Annual report of the Punjab Veterinary College and of the Civil Veterinary Department, Punjab - 1909-1919
Year: 1909
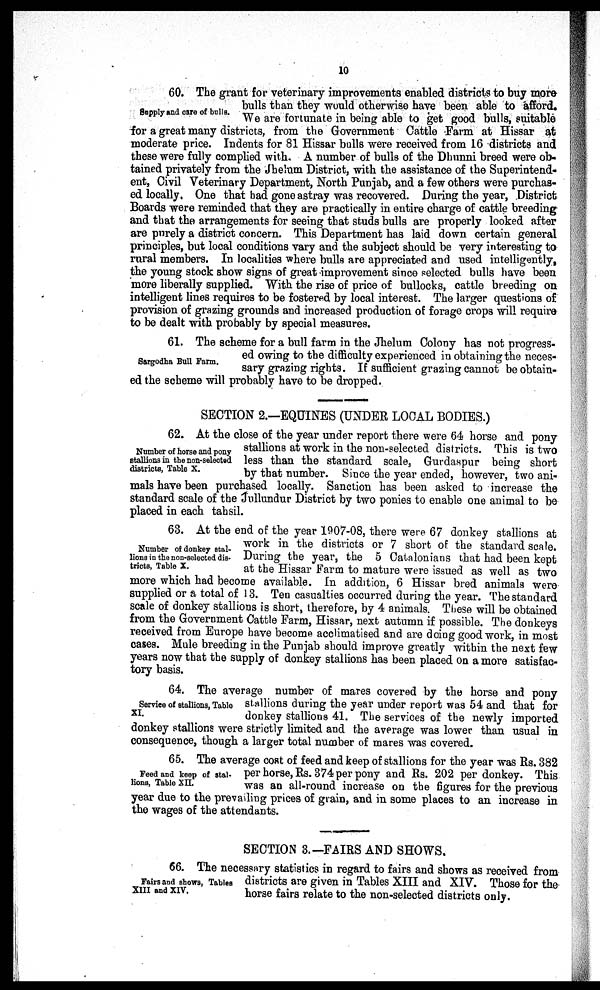
10
Supply and care of bulls.
60. The grant for veterinary improvements enabled districts to buy more
bulls than they would otherwise have been able to afford.
We are fortunate in being able to get good bulls, suitable
for a great many districts, from the Government Cattle Farm at Hissar at
moderate price. Indents for 81 Hissar bulls were received from 16 districts and
these were fully complied with. A number of bulls of the Dhunni breed were ob-
tained privately from the Jhelum District, with the assistance of the Superintend-
ent, Civil Veterinary Department, North Punjab, and a few others were purchas-
ed locally. One that had gone astray was recovered. During the year, District
Boards were reminded that they are practically in entire charge of cattle breeding
and that the arrangements for seeing that studs bulls are properly looked after
are purely a district concern. This Department has laid down certain general
principles, but local conditions vary and the subject should be very interesting to
rural members. In localities where bulls are appreciated and used intelligently,
the young stock show signs of great improvement since selected bulls have been
more liberally supplied. With the rise of price of bullocks, cattle breeding on
intelligent lines requires to be fostered by local interest. The larger questions of
provision of grazing grounds and increased production of forage crops will require
to be dealt with probably by special measures.
Sargodha Bull Farm.
61. The scheme for a bull farm in the Jhelum Colony has not progress-
ed owing to the difficulty experienced in obtaining the neces-
sary grazing rights. If sufficient grazing cannot be obtain-
ed the scheme will probably have to be dropped.
SECTION 2.—EQUINES (UNDER LOCAL BODIES.)
Number of horse and pony
stallions in the non-selected
districts, Table X.
62. At the close of the year under report there were 64 horse and pony
stallions at work in the non-selected districts. This is two
less than the standard scale, Gurdaspur being short
by that number. Since the year ended, however, two ani-
mals have been purchased locally. Sanction has been asked to increase the
standard scale of the Jullundur District by two ponies to enable one animal to be
placed in each tahsil.
Number of donkey stal-
lions in the non-selected dis-
tricts, Table X.
63. At the end of the year 1907-08, there were 67 donkey stallions at
work in the districts or 7 short of the standard scale.
During the year, the 5 Catalonians that had been kept
at the Hissar Farm to mature were issued as well as two
more which had become available. In addition, 6 Hissar bred animals were
supplied or a total of 13. Ten casualties occurred during the year. The standard
scale of donkey stallions is short, therefore, by 4 animals. These will be obtained
from the Government Cattle Farm, Hissar, next autumn if possible. The donkeys
received from Europe have become acclimatised and are doing good work, in most
cases. Mule breeding in the Punjab should improve greatly within the next few
years now that the supply of donkey stallions has been placed on a more satisfac-
tory basis.
Service of stallions, Table
XI.
64. The average number of mares covered by the horse and pony
stallions during the year under report was 54 and that for
donkey stallions 41. The services of the newly imported
donkey stallions were strictly limited and the average was lower than usual in
consequence, though a larger total number of mares was covered.
Feed and keep of stal-
lions, Table XII.
65. The average cost of feed and keep of stallions for the year was Rs. 382
per horse, Rs. 374 per pony and Rs. 202 per donkey. This
was an all-round increase on the figures for the previous
year due to the prevailing prices of grain, and in some places to an increase in
the wages of the attendants.
SECTION 3.—FAIRS AND SHOWS.
Fairs and shows, Tables
XIII and XIV.
66. The necessary statistics in regard to fairs and shows as received from
districts are given in Tables XIII and XIV. Those for the
horse fairs relate to the non-selected districts only.